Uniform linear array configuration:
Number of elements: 32
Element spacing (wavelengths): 0.75
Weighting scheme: hann
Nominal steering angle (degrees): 45
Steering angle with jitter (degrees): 44.377
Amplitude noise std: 0.05
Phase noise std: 0.05

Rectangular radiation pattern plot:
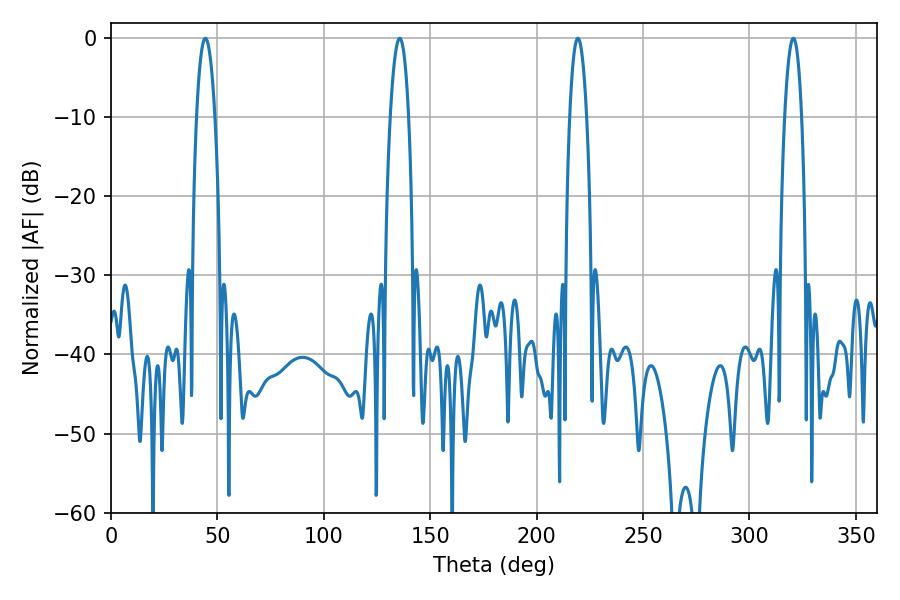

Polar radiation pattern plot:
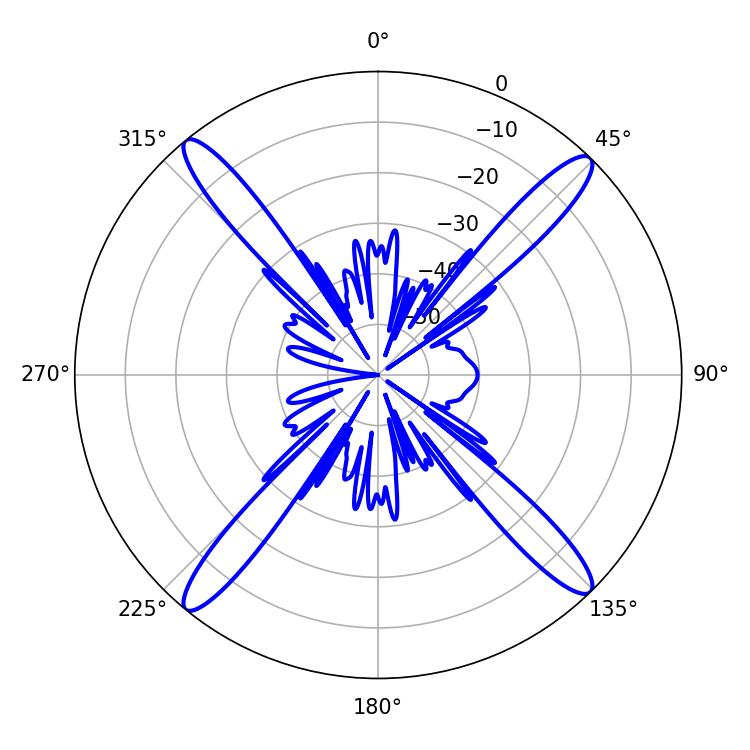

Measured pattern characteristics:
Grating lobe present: TRUE
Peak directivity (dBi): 19.933
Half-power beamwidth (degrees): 4.32
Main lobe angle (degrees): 219.42